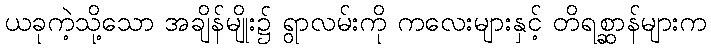
ယခုကဲ့သို့သော အချိန်မျိုး၌ ရွာလမ်းကို ကလေးများနှင့် တိရစ္ဆာန်များက